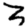
Digit: 3